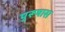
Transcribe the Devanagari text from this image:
पुरूषास